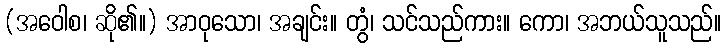
(အဝေါစ၊ ဆို၏။) အာဝုသော၊ အချင်း။ တွံ၊ သင်သည်ကား။ ကော၊ အဘယ်သူသည်။